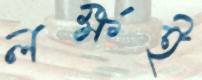
লক্ষই